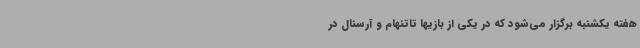
هفته یکشنبه برگزار می‌شود که در یکی از بازیها تاتنهام و آرسنال در